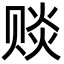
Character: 赕